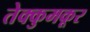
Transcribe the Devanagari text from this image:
तेक्कुमकूर